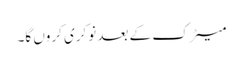
میٹرک کے بعد نوکری کروں گا۔